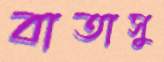
বাতাসু